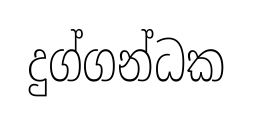
දුග්ගන්ධක